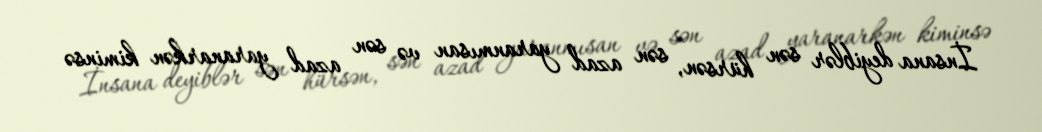
İnsana deyiblər sən hürsən, sən azad yaranmısan və sən azad yaranarkən kiminsə